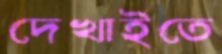
দেখাইতে